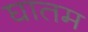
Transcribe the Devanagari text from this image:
घातम